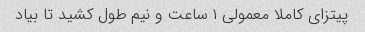
پیتزای کاملا معمولی ۱ ساعت و نیم طول کشید تا بیاد